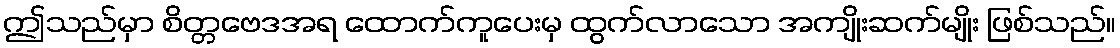
ဤသည်မှာ စိတ္တဗေဒအရ ထောက်ကူပေးမှ ထွက်လာသော အကျိုးဆက်မျိုး ဖြစ်သည်။